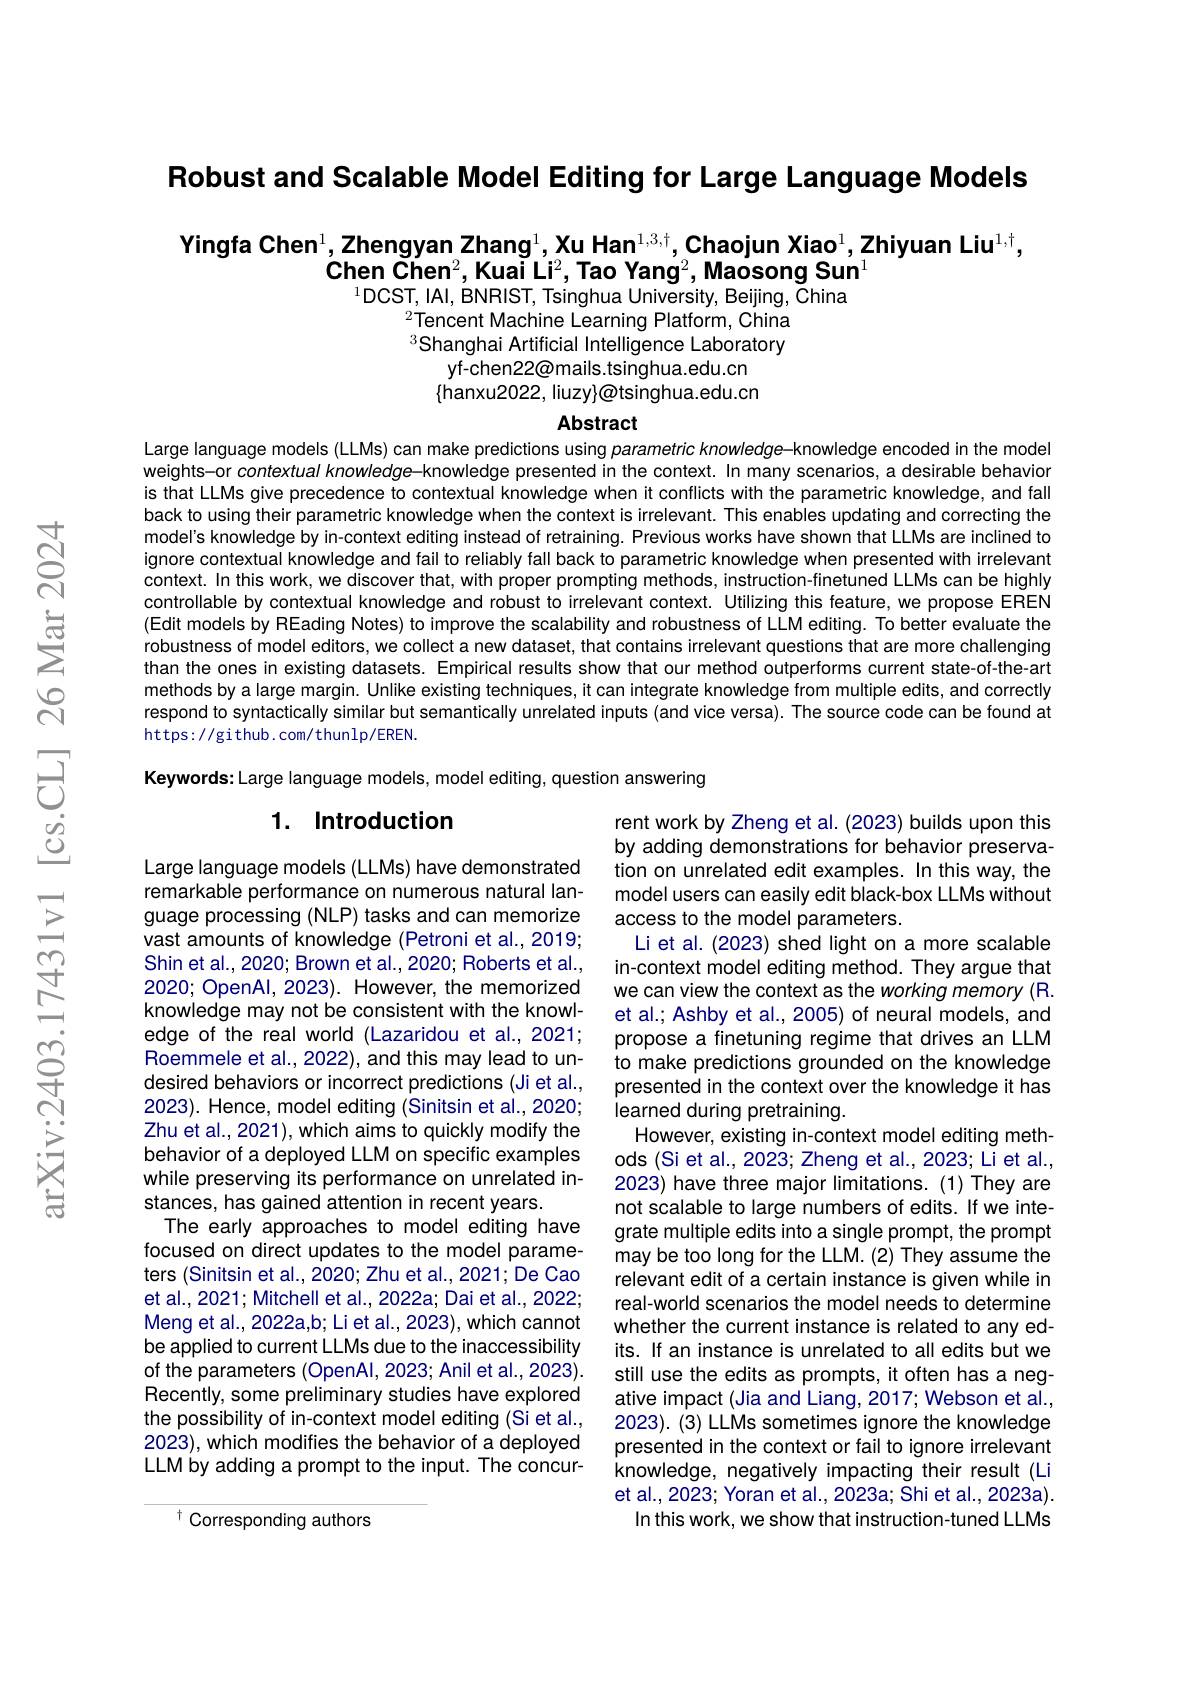
Robust and Scalable Model Editing for Large Language Models

# Yingfa Chen$^1$,Zhengyan Zhang$^1$,Xu Han$^1$,Chaojun Xiao$^1,\textbf{Zhiyuan Liu}^{1,\dagger}$, $\textbf{Chen Chen}^2,\text{Kuai Li}^2,\textbf{Tao Yang}^2,\text{Maosong Sun}^1$ $^{1}$DCST, IAl, BNRIST, Tsinghua University, Beijing, China

$^{2}$Tencent Machine Learning Platform, China Shanghai Artificial Intelligence Laboratory
yf-chen22@mails.tsinghua.edu.cn $\{$hanxu2022, liuzy$\}\textcircled\text{otsinghua.edu.cn}$

Abstract

Large language models (LLMs) can make predictions using parametric knowledge-knowledge encoded in the model weights-or contextual knowledge-knowledge presented in the context. In many scenarios, a desirable behavior is that LLMs give precedence to contextual knowledge when it conflicts with the parametric knowledge, and fall back to using their parametric knowledge when the context is irrelevant. This enables updating and correcting the model's knowledge by in-context editing instead of retraining. Previous works have shown that LLMs are inclined to ignore contextual knowledge and fail to reliably fall back to parametric knowledge when presented with irrelevant context. In this work, we discover that, with proper prompting methods, instruction-finetuned LLMs can be highly controllable by contextual knowledge and robust to irrelevant context. Utilizing this feature, we propose EREN (Edit models by REading Notes) to improve the scalability and robustness of LLM editing. To better evaluate the robustness of model editors, we collect a new dataset, that contains irrelevant questions that are more challenging than the ones in existing datasets. Empirical results show that our method outperforms current state-of-the-art methods by a large margin. Unlike existing techniques, it can integrate knowledge from multiple edits, and correctly respond to syntactically similar but semantically unrelated inputs (and vice versa). The source code can be found at https: / / gi thub. com/ thun l p/ EREN.
Keywords: Large language models, model editing, question answering

## 1. Introduction

Large language models (LLMs) have demonstrated remarkable performance on numerous natural language processing (NLP) tasks and can memorize vast amounts of knowledge (Petroni et al., 2019; Shin et al., 2020; Brown et al., 2020; Roberts et al., 2020; OpenAl, 2023). However, the memorized knowledge may not be consistent with the knowledge of the real world (Lazaridou et al.,2021; Roemmele et al., 2022), and this may lead to undesired behaviors or incorrect predictions (Ji et al., 2023). Hence, model editing (Sinitsin et al., 2020; Zhu et al., 2021), which aims to quickly modify the behavior of a deployed LLM on specific examples while preserving its performance on unrelated instances, has gained attention in recent years.
The early approaches to model editing have focused on direct updates to the model parameters (Sinitsin et al., 2020; Zhu et al., 2021; De Cao et al., 2021; Mitchell et al., 2022a; Dai et al., 2022; Meng et al., 2022a,b; Li et al., 2023), which cannot be applied to current LLMs due to the inaccessibility of the parameters (OpenAl,2023; Anil et al.,2023). Recently, some preliminary studies have explored the possibility of in-context model editing (Si et al., 2023), which modifies the behavior of a deployed LLM by adding a prompt to the input. The concur-

rent work by Zheng et al. (2023) builds upon this by adding demonstrations for behavior preservation on unrelated edit examples. In this way, the model users can easily edit black-box LLMs without access to the model parameters.
Li et al. (2023) shed light on a more scalable in-context model editing method. They argue that we can view the context as the working memory (R. et al.; Ashby et al., 2005) of neural models, and propose a finetuning regime that drives an LLM to make predictions grounded on the knowledge presented in the context over the knowledge it has learned during pretraining.
However, existing in-context model editing methods (Si et al., 2023; Zheng et al., 2023; Li et al., 2023) have three major limitations. (1) They are not scalable to large numbers of edits. If we integrate multiple edits into a single prompt, the prompt may be too long for the LLM. (2) They assume the relevant edit of a certain instance is given while in real-world scenarios the model needs to determine whether the current instance is related to any edits. If an instance is unrelated to all edits but we still use the edits as prompts, it often has a negative impact (Jia and Liang, 2017; Webson et al., 2023). (3) LLMs sometimes ignore the knowledge presented in the context or fail to ignore irrelevant knowledge, negatively impacting their result (Li et al., 2023; Yoran et al., 2023a; Shi et al., 2023a). In this work, we show that instruction-tuned LLMs

t Corresponding authors